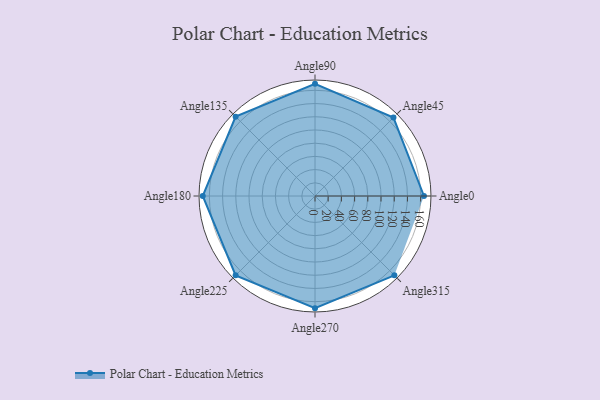
{"axis": {"x": "Angle", "y": "Radius"}, "legend": [""], "data": [{"x": "Angle0", "y": 165.0, "type": ""}, {"x": "Angle45", "y": 168.0, "type": ""}, {"x": "Angle90", "y": 170, "type": ""}, {"x": "Angle135", "y": 170, "type": ""}, {"x": "Angle180", "y": 170, "type": ""}, {"x": "Angle225", "y": 170, "type": ""}, {"x": "Angle270", "y": 170.0, "type": ""}, {"x": "Angle315", "y": 170, "type": ""}]}